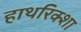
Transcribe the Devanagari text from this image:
हाथरिक्शा